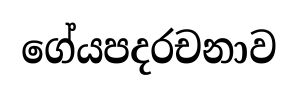
ගේයපදරචනාව